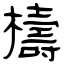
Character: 檮